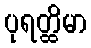
ပုရတ္ထိမာ